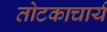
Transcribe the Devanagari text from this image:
तोटकाचार्य